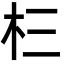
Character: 㭅